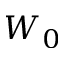
W _ { 0 }